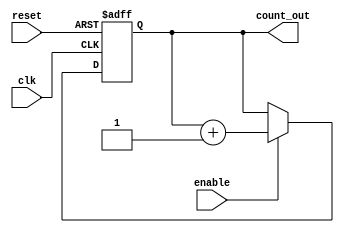
module memory_blocks_up_counter #(
    parameter N = 8 // Number of bits for the counter
)(
    input wire clk,         // Clock signal
    input wire reset,       // Asynchronous active-high reset
    input wire enable,      // Active-high enable signal
    output wire [N-1:0] count_out // Output current count value
);

// Memory to store the current count
reg [N-1:0] count;

// Always block for synchronous operation
always @(posedge clk or posedge reset) begin
    // Asynchronous reset
    if (reset) begin
        count <= 0; // Reset count to 0
    end else if (enable) begin
        count <= count + 1; // Increment count on enable
    end
    // If enable is low, count retains its value
end

// Assign the current count to the output
assign count_out = count;

endmodule